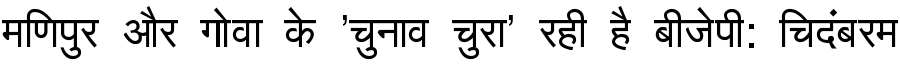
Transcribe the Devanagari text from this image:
मणिपुर और गोवा के 'चुनाव चुरा' रही है बीजेपी: चिदंबरम